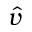
\hat { v }